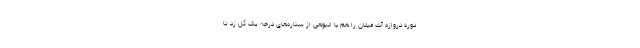
دوره دروازه آث میلان را هم با انبوهی از ستاره‌های درجه یک گل زد تا